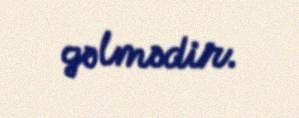
gəlmədir.